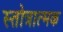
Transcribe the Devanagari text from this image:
स्तोत्रात्मक